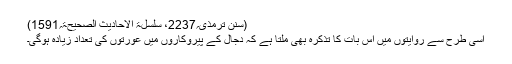
(سنن ترمذی؍2237، سلسلۃ الاحادیث الصحیحۃ؍1591)
اسی طرح سے روایتوں میں اس بات کا تذکرہ بھی ملتا ہے کہ دجال کے پیروکاروں میں عورتوں کی تعداد زیادہ ہوگی۔